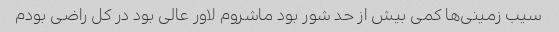
سیب زمینی‌ها کمی بیش از حد شور بود ماشروم لاور عالی بود در کل راضی بودم